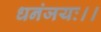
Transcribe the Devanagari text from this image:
धनंजयः।।